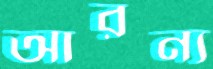
আরন্য